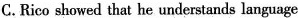
C.Rico showed that he understands language